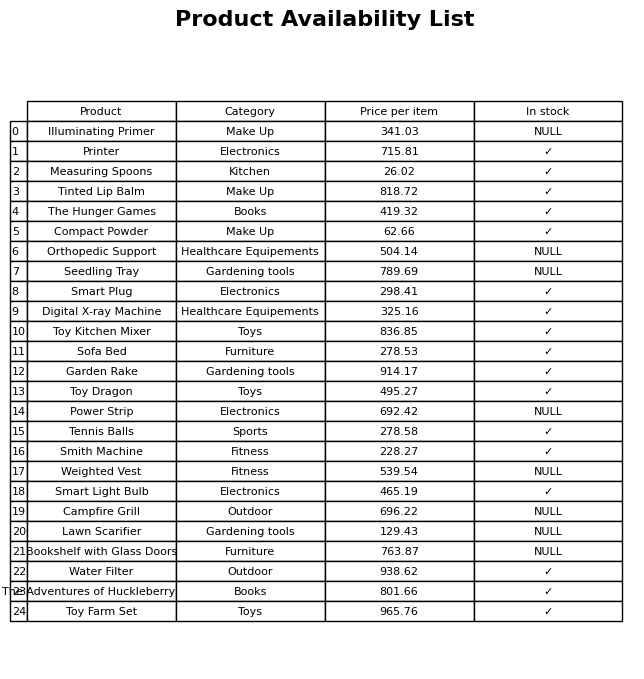
question: What is the price for Toy Kitchen Mixer?
answer: The price of Toy Kitchen Mixer is 836.85.